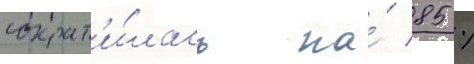
сократ'и́лась на́ 85 %